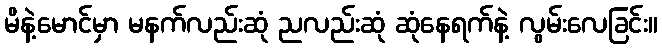
မိနဲ့မောင်မှာ မနက်လည်းဆုံ ညလည်းဆုံ ဆုံနေရက်နဲ့ လွမ်းလေခြင်း။